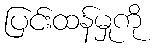
ပြင်းထန်မှုကို